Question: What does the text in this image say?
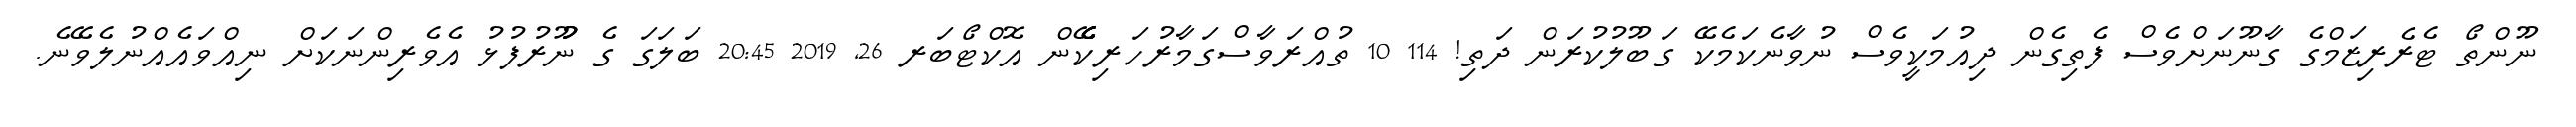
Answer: ނޫންތޯ ޓެރެރިޒަމްގެ ގާނޫނަށްވެސް ފެތިގެން ދިއުމަކީވެސް ނުވާނެކަމެކޭ ގަބޫލުކުރަން ދަތި! 114 10 ތުއްރަވާސްގަމާރުހަރިކެެެޭެން އޮކްޓޯބަރ 26, 2019 20:45 ބަލަގަ ގެ ނުުޫރުފުޅު އެވެރިންނަކަށް ނިއްވައެއްނުލެވޭނެ.